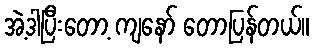
အဲ့ဒါပြီးတော့ ကျနော် တောပြန်တယ်။